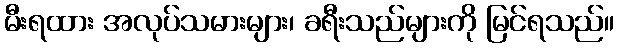
မီးရထား အလုပ်သမားများ၊ ခရီးသည်များကို မြင်ရသည်။